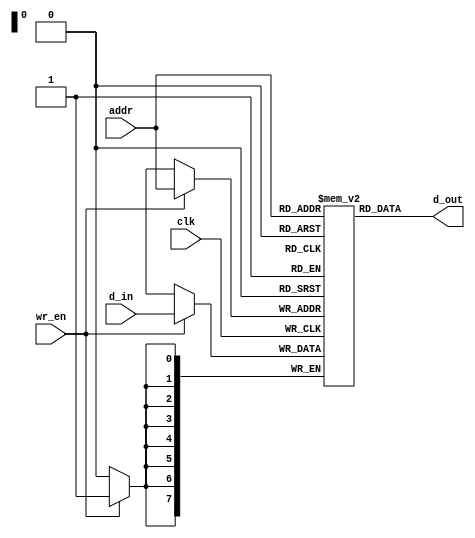

///////////////////////////////////
//
//  Carson Robles
//  Sep 13, 2016
//
//  random access memory
//
///////////////////////////////////

`define RAM_DEPTH (1 << ADDR_WIDTH)

module ram #(
    parameter ADDR_WIDTH = 8,                           /* address width */
    parameter DATA_WIDTH = 8                            /* data width */
) (
    input  wire                    clk,                 /* clock signal */

    input  wire                    wr_en,               /* write enable */
    input  wire [DATA_WIDTH - 1:0] d_in,                /* data in */
    input  wire [ADDR_WIDTH - 1:0] addr,                /* write/read address */

    output wire [DATA_WIDTH - 1:0] d_out                /* data out */
);

    reg [DATA_WIDTH - 1:0] mem [0:`RAM_DEPTH - 1];      /* declare internal memory */

    /* assign data out to internal memory at specified address */
    assign d_out = mem[addr];

    integer i;

    /* initialize ram to 0 */
    initial begin
        for (i = 0; i < `RAM_DEPTH; i = i + 1) begin
            mem[i] = {DATA_WIDTH{1'b0}};
        end
    end

    /* memory write */
    always @ (posedge clk) begin
        if (wr_en) mem[addr] <= d_in;
    end

endmodule